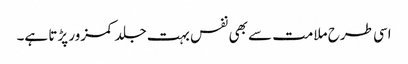
اسی طرح ملامت سے بھی نفس بہت جلد کمزور پڑتا ہے۔